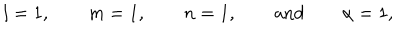
l = 1 , \qquad m = 1 , \qquad n = 1 , \qquad \mathrm { a n d } \qquad \alpha = 1 ,